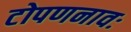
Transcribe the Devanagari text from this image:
टोपणनावः